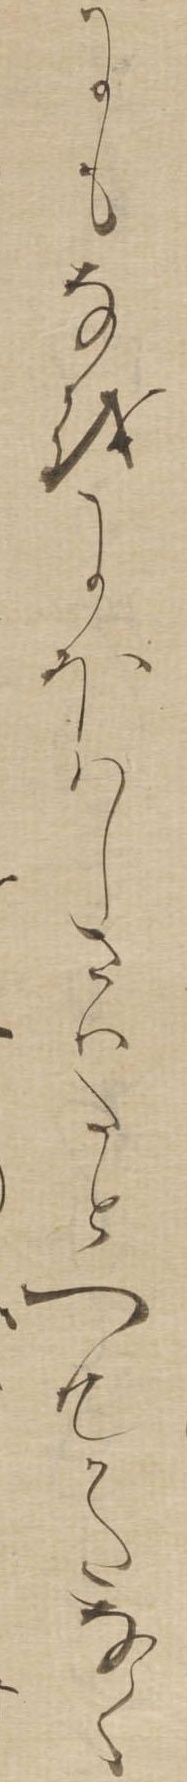
にもなをにほはしさはたとへむかたなく